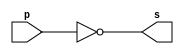
// Guia 02_03 - NOT
// Nome: Henrique Carvalho Parreira

// ---------------------
// -- nand gate
// ---------------------

module nandgate (s, p);
 output s;
 input  p;
 
 assign s = ~( p & p);

endmodule // nandgate

// ---------------------
// -- not gate with nand
// ---------------------

module notgate (s, p);
 output s;
 input  p;
 
 nandgate NAND1 (s,p);

endmodule // notgate 


// ---------------------
// -- test and gate with nor
// ---------------------

module testnotgate;
 reg   a;
 wire  s;
          // instancia
 notgate NOT1 (s, a);
 
  initial begin:start
      a=0;
 end
 
          // parte principal
 initial begin
      $display("Guia 02_03 - Henrique Carvalho Parreira - 347133");
      $display("Test NOT gate");
      $display("\n~a = s\n");
      $monitor("~%b = %b", a, s);
  #1  a=1;
  
 end

endmodule // testnotgate